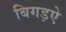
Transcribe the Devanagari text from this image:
बिगड़ऐ